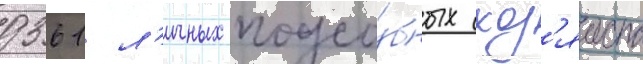
9361 л'ичных подсо́бных хоз'яиств